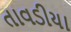
તાવડીયા